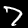
Label: 7